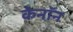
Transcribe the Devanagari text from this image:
केनॉन